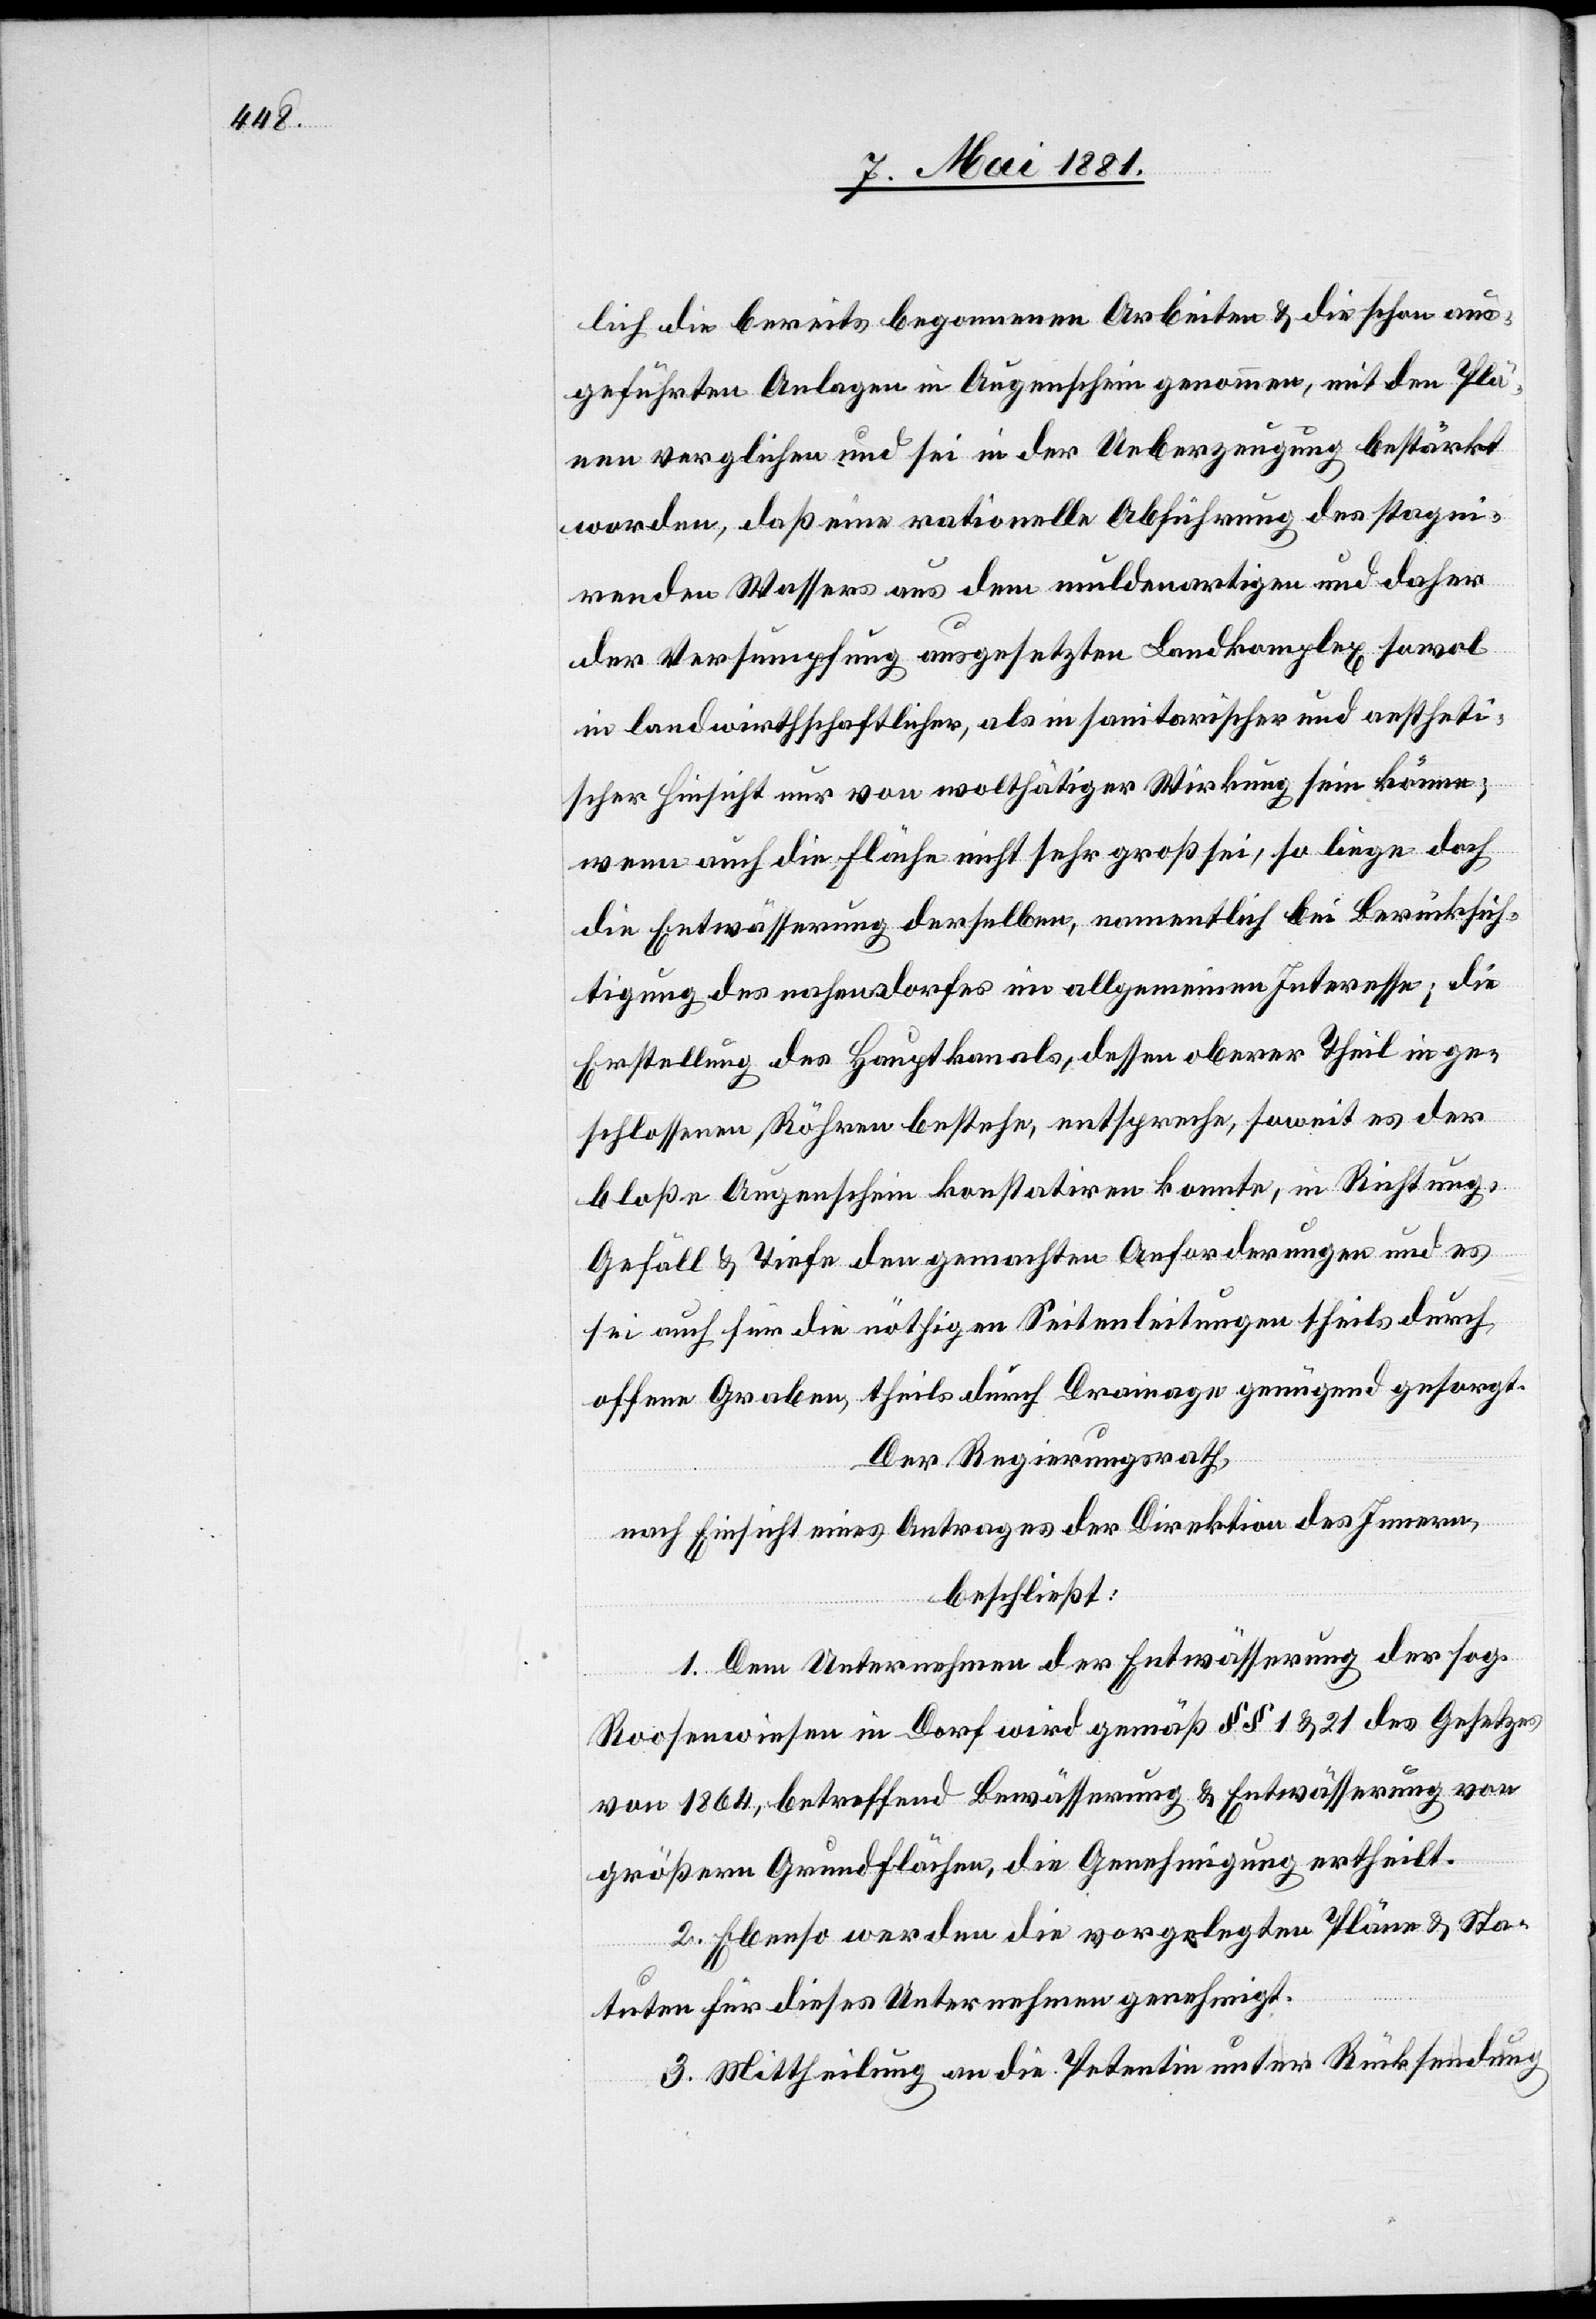
lich die bereits begonnenen Arbeiten & die schon aus¬
geführten Anlagen in Augenschein genommen, mit den Plä¬
nen verglichen und sei in der Ueberzeugung bestärkt
worden, daß eine rationelle Abführung des stagni¬
renden Wassers aus dem muldenartigen und daher
der Versumpfung ausgesetzten Landkomplex sowol
in landwirthschaftlicher, als in sanitarischer und aestheti¬
scher Hinsicht nur von wolthätiger Wirkung sein können;
wenn auch die Fläche nicht sehr groß sei, so liege doch
die Entwässerung derselben, namentlich bei Berücksich¬
tigung des nahen Dorfes im Allgemeinen Interesse; die
Erstellung des Hauptkanals, dessen oberer Theil in ge¬
schlossenen Röhren bestehe, entspreche, soweit es der
bloße Augenschein konstatiren konnte, in Richtung,
Gefäll & Tiefe den gemachten Anforderungen und es
sei auch für die nöthigen Seitenleitungen theils durch
offene Graben, theils durch Drainage genügend gesorgt.
Der Regierungsrath,
nach Einsicht eines Antrages der Direktion des Innern,
beschließt:
1. Dem Unternehmen der Entwässerung der sog.
Roosenwiesen in Dorf wird gemäß §§ 1 & 21 des Gesetzes
von 1864, betreffend Bewässerung & Entwässerung von
größern Grundflächen, die Genehmigung ertheilt.
2. Ebenso werden die vorgelegten Pläne & Sta¬
tuten für dieses Unternehmen genehmigt.
3. Mittheilung an die Petentin unter Rücksendung